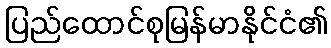
ပြည်ထောင်စုမြန်မာနိုင်ငံ၏